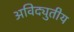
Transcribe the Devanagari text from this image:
अविद्युतीय